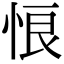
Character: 悢